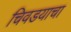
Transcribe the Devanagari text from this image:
चिवडयाचा